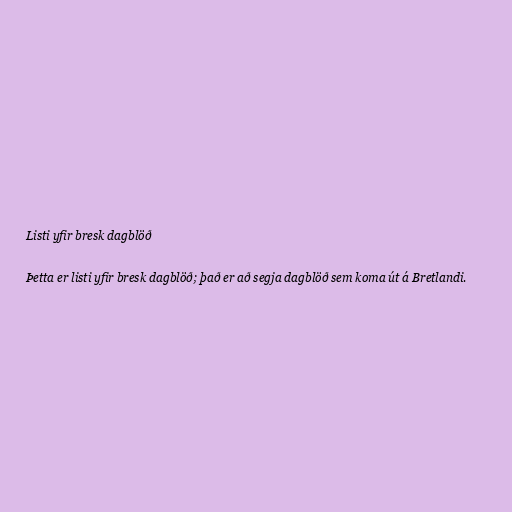
Listi yfir bresk dagblöð

Þetta er listi yfir bresk dagblöð; það er að segja dagblöð sem koma út á Bretlandi.